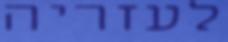
לעזריה